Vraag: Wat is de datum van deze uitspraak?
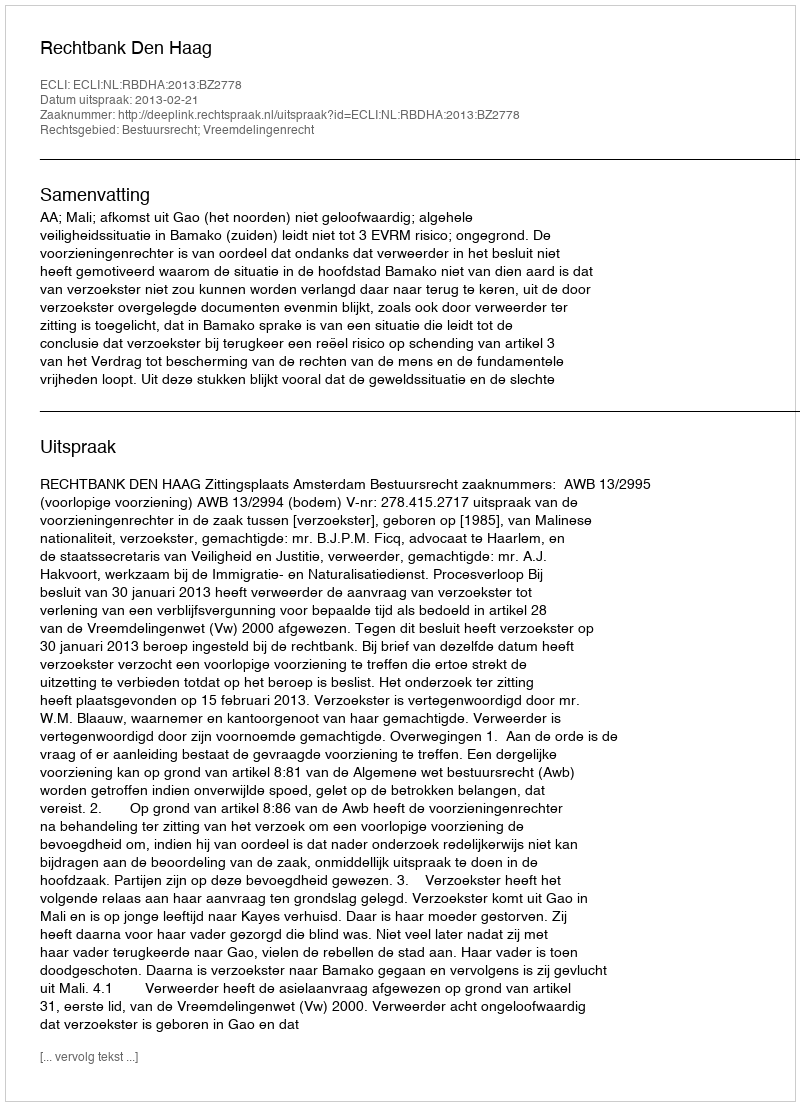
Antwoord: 2013-02-21